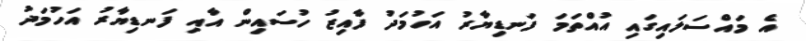
އެ މައްސަލައިގައި އުއްތަމަ ފަނޑިޔާރު އަހުމަދު ފާއިޒު ހުސައިން އާއި ފަނޑިޔާރު އަހުމަދު